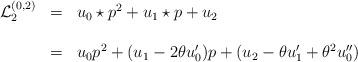
LaTeX: \begin{align*}\begin{array}{lcl}{\mathcal L }_{2}^{(0,2)}&=& {u_{0}\star p}^{2} +u_{1}\star p +u_2 \\\\&=&u_{0}{p}^{2} +(u_{1}-2\theta u'_{0})p +(u_{2}-\theta u'_{1}+\theta^{2} u''_{0})\end{array}\end{align*}